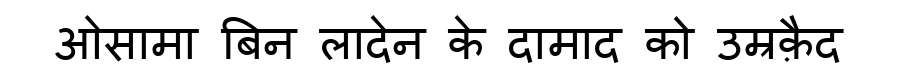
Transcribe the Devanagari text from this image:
ओसामा बिन लादेन के दामाद को उम्रक़ैद